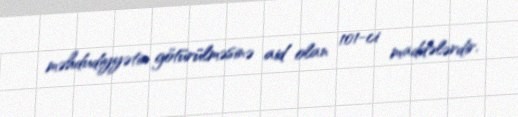
məhdudiyyətin götürülməsinə aid olan 101-ci maddələrdir.